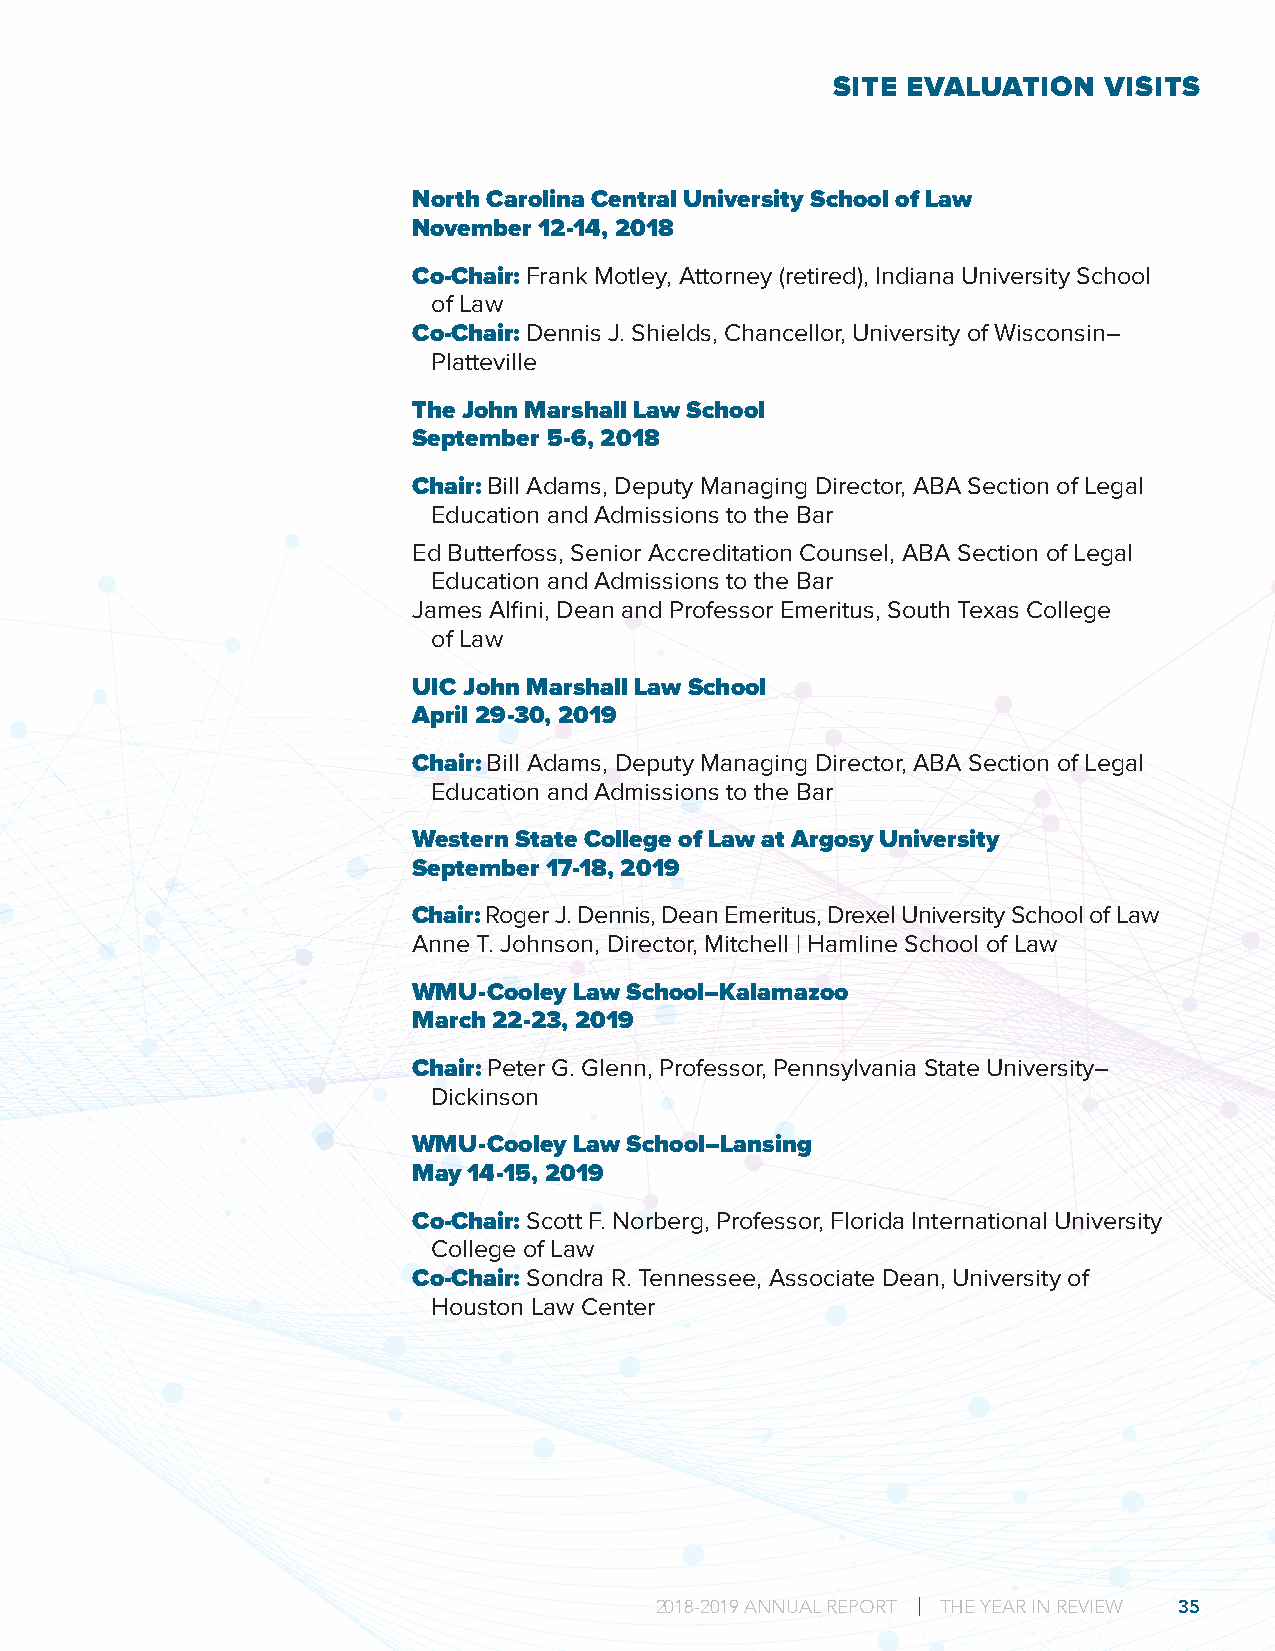
SITE EVALUATION   VISITS
 North Carolina Central University School of Law
 November 12-14, 2018
 Co-Chair: Frank Motley, Attorney (retired), Indiana University School
 of Law
 Co-Chair: Dennis J. Shields, Chancellor, University of Wisconsin–
 Platteville
 The John Marshall Law School
 September 5-6, 2018
 Chair: Bill Adams, Deputy Managing Director, ABA Section of Legal
 Education and Admissions to the Bar
 Ed Butterfoss, Senior Accreditation Counsel, ABA Section of Legal
 Education and Admissions to the Bar
 James Alfini, Dean and Professor Emeritus, South Texas College
 of Law
 UIC John Marshall Law School
 April 29-30, 2019
 Chair: Bill Adams, Deputy Managing Director, ABA Section of Legal
 Education and Admissions to the Bar
 Western State College of Law at Argosy University
 September 17-18, 2019
 Chair: Roger J. Dennis, Dean Emeritus, Drexel University School of Law
 Anne T. Johnson, Director, Mitchell | Hamline School of Law
 WMU-Cooley Law School–Kalamazoo
 March 22-23, 2019
 Chair: Peter G. Glenn, Professor, Pennsylvania State University–
 Dickinson
 WMU-Cooley Law School–Lansing
 May 14-15, 2019
 Co-Chair: Scott F. Norberg, Professor, Florida International University
 College of Law
 Co-Chair: Sondra R. Tennessee, Associate Dean, University of
 Houston Law Center
 22001188--22001199 AANNNNUUAALL RREEPPOORRTT || TTHHEE YYEEAARR IINN RREEVVIIEEWW 3355